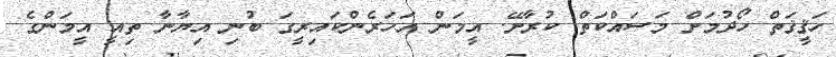
ހަޤީޤަތް ހޯދުމަށް މަސައްކަތް ކުރާށޭ. އީމަން އަހަރެންކައިރީގަ ބުނި އިޔާނާ ތިއީ އީމަންގެ